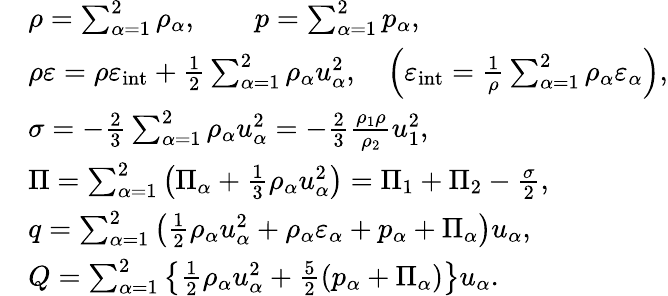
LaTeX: \begin{array}{rl}&{\rho=\sum_{\alpha=1}^{2}\rho_{\alpha},\qquad p=\sum_{\alpha=1}^{2}p_{\alpha},}\\ &{\rho\varepsilon=\rho\varepsilon_{\mathrm{int}}+\frac{1}{2}\sum_{\alpha=1}^{2}\rho_{\alpha}u_{\alpha}^{2},\quad\left(\varepsilon_{\mathrm{int}}=\frac{1}{\rho}\sum_{\alpha=1}^{2}\rho_{\alpha}\varepsilon_{\alpha}\right),}\\ &{\sigma={-\frac{2}{3}\sum_{\alpha=1}^{2}\rho_{\alpha}u_{\alpha}^{2}}=-\frac{2}{3}\frac{\rho_{1}\rho}{\rho_{2}}u_{1}^{2},}\\ &{\Pi=\sum_{\alpha=1}^{2}\left(\Pi_{\alpha}+\frac{1}{3}\rho_{\alpha}u_{\alpha}^{2}\right)=\Pi_{1}+\Pi_{2}-\frac{\sigma}{2},}\\ &{q=\sum_{\alpha=1}^{2}\left(\frac{1}{2}\rho_{\alpha}u_{\alpha}^{2}+\rho_{\alpha}\varepsilon_{\alpha}+p_{\alpha}+\Pi_{\alpha}\right)u_{\alpha},}\\ &{Q=\sum_{\alpha=1}^{2}\left\{ \frac{1}{2}\rho_{\alpha}u_{\alpha}^{2}+\frac{5}{2}\left(p_{\alpha}+\Pi_{\alpha}\right)\right\} u_{\alpha}.}\end{array}